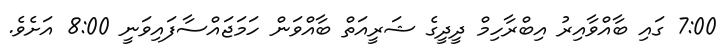
7:00 ގައި ބާއްވާއިރު އިބްރާހިމް ދީދީގެ ޝަރީއަތް ބާއްވަން ހަމަޖައްސާފައިވަނީ 8:00 އަށެވެ.